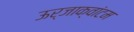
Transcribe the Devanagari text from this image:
ऊर्जाक्वांटम